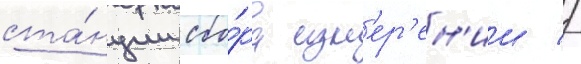
ста́нции сбо́ра изм'ер'ен'ии //